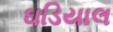
ઘડિયાલ